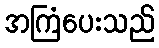
အကြံပေးသည်